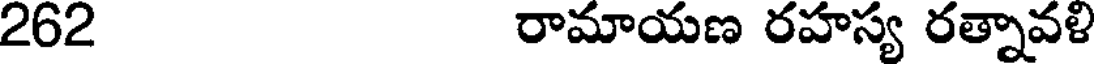
262 రామాయణ రహస్య రత్నావళి